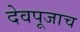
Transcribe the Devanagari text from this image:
देवपूजाच